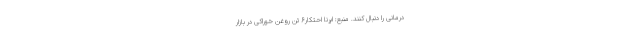
درمانی را دنبال کنند. منبع: ایرنا احتکار۶ تن روغن خوراکی در بازار